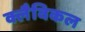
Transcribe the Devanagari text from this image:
क्लैविकल